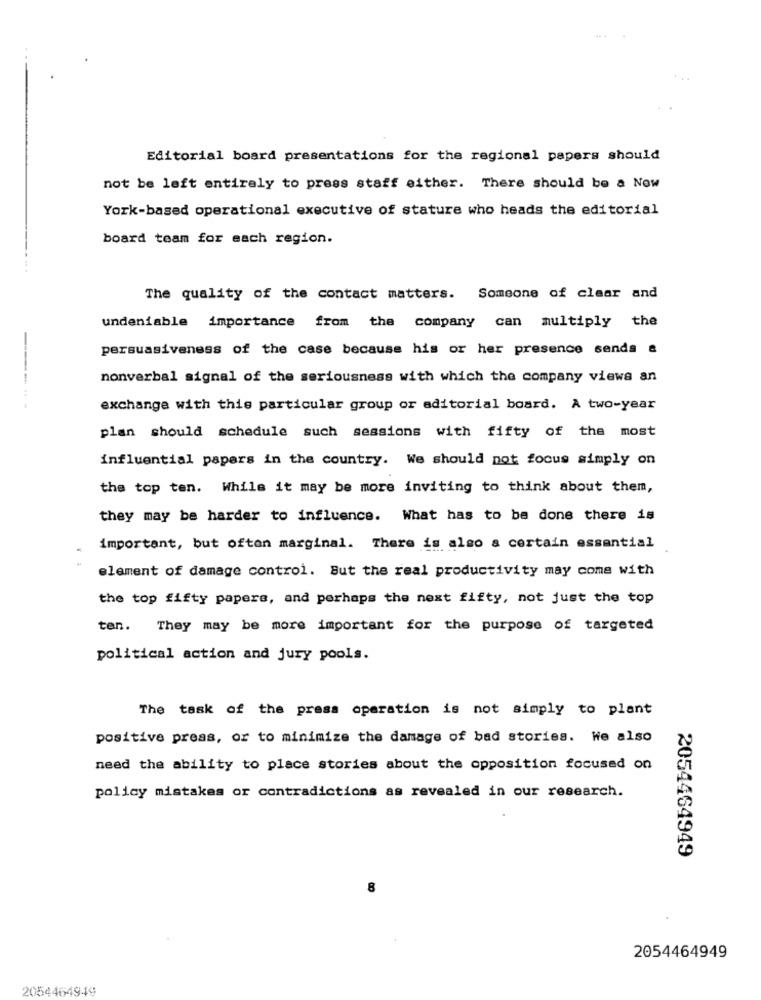
Editorial board presentations for the regional papers should
not be left entirely to press staff either. There should be a Now
York-based operational executive of stature who heads the editorial
board team for each region.
The quality of the contact matters. Someone of clear and
undeniable importance from the company can multiply the
persuasiveness of the case because his or her presence sends a
nonverbal signal of the seriousness with which the company views an
-----
exchange with this particular group or editorial board. A two-year
plan should schedule such sessions with fifty of the most
influential papers in the country. We should not focus simply on
the top ten. While it may be more inviting to think about them,
they may be harder to influence. What has to be done there is
important, but often marginal. There is also a certain essential
element of damage control. But the real productivity may come with
the top fifty papere, and perhaps the next fifty, not just the top
ten.
They may be more important for the purpose of targeted
political action and jury pools.
The task of the press operation is not simply to plant
positive preas, or to minimize the damage of bad stories. We also
need the ability to place stories about the opposition focused on
policy mistakes or contradictions as revealed in our research.
2054464949
2054464949
2054464949